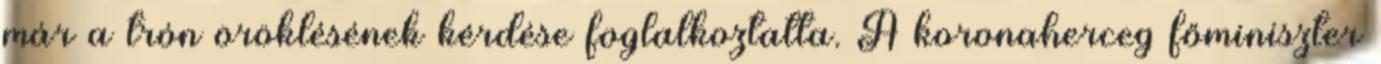
már a trón öröklésének kérdése foglalkoztatta. A koronaherceg főminiszter